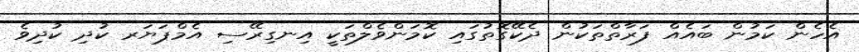
އެހެން ކަމުން ބައެއް ފަރާތްތަކުން ދެކޭގޮތުގައި ކޮމަންވެލްތަކީ އިނގިރޭސި އެމްޕަޔަރ ކުދި ކުދިވެ